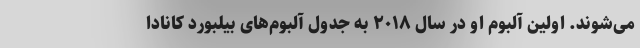
می‌شوند. اولین آلبوم او در سال ۲۰۱۸ به جدول آلبوم‌های بیلبورد کانادا